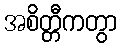
အစိတ္တီကတွာ